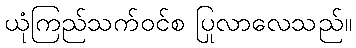
ယုံကြည်သက်ဝင်စ ပြုလာလေသည်။